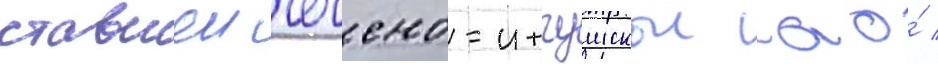
ставшеи чечено-ингушскои ао́ /